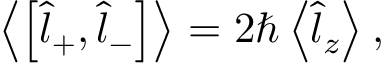
\begin{array} { r } { \left\langle \left[ \hat { l } _ { + } , \hat { l } _ { - } \right] \right\rangle = 2 \hbar \left\langle \hat { l } _ { z } \right\rangle , } \end{array}